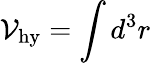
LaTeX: {\cal V}_{\mathrm{hy}}=\int d^{3}r